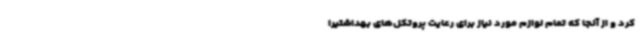
کرد و از آنجا که تمام لوازم مورد نیاز برای رعایت پروتکل‌های بهداشتیرا